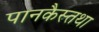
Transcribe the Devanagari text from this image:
पानकैस्तथा